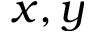
x , y